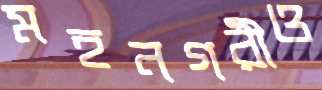
মহনগরীও